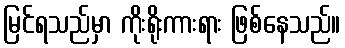
မြင်ရသည်မှာ ကိုးရိုးကားရား ဖြစ်နေသည်။